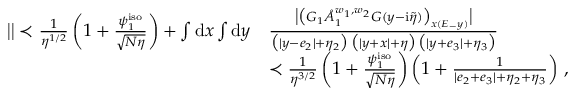
\begin{array} { r l } { \big | \big | \prec \frac { 1 } { \eta ^ { 1 / 2 } } \left( 1 + \frac { \psi _ { 1 } ^ { \mathrm { i s o } } } { \sqrt { N \eta } } \right) + \int \mathrm { d } x \int \mathrm { d } y } & { \frac { \big | \big ( G _ { 1 } \mathring { A } _ { 1 } ^ { w _ { 1 } , w _ { 2 } } G ( y - \mathrm { i } \tilde { \eta } ) \big ) _ { \boldsymbol { x } ( E _ { - } \boldsymbol { y } ) } \big | } { \big ( | y - e _ { 2 } | + \eta _ { 2 } \big ) \, \big ( | y + x | + \eta \big ) \, \big ( | y + e _ { 3 } | + \eta _ { 3 } \big ) } } \\ & { \prec \frac { 1 } { \eta ^ { 3 / 2 } } \left( 1 + \frac { \psi _ { 1 } ^ { \mathrm { i s o } } } { \sqrt { N \eta } } \right) \left( 1 + \frac { 1 } { | e _ { 2 } + e _ { 3 } | + \eta _ { 2 } + \eta _ { 3 } } \right) \, , } \end{array}